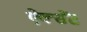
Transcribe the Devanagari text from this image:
ऐक्सेंट